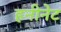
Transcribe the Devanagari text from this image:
हनीनेट